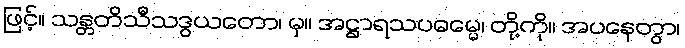
ဖြင့်။ သန္တတိသီသဒွယတော၊ မှ။ အဋ္ဌာရသပဓမ္မေ၊ တို့ကို။ အပနေတွာ၊